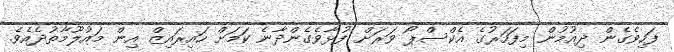
ފަހިވެގެން ދިއުމުން މިފަހަރުގެ އެކްސްޕޯ ވަރަށް ފުޅާވެގެންދާނެ ކަމަށް ހައިރައިޒް އިން މައުލޫމާތުދެއެވެ.